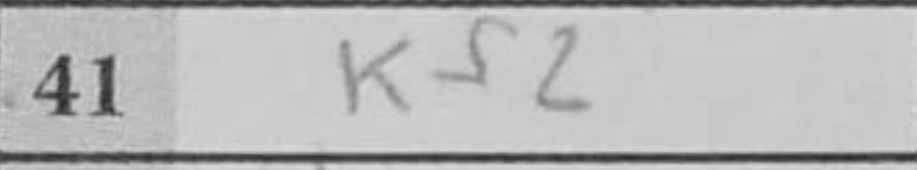
Transcription: Kf2